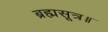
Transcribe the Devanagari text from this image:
ब्रह्मसूत्र॥